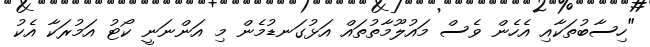
"ހިސާބުތަކާއި އެހެން ވެސް މައުލޫމާތުތައް އަޅުގަނޑުމެން މި އަންނަނީ ކޯޓު އަމުރަކާ އެކު